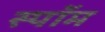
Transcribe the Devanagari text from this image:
स्पॉम